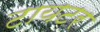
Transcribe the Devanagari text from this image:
टायटर